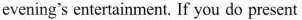
evening's entertainment. If you do present